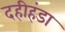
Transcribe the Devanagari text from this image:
दहीहंडा